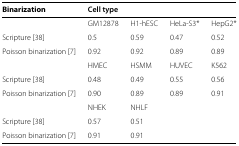
<table><thead><tr><td><b>Binarization</b></td><td colspan="4"><b>Cell type</b></td></tr></thead><tbody><tr><td>[EMPTY_CELL]</td><td>GM12878</td><td>H1-hESC</td><td>HeLa-S3*</td><td>HepG2*</td></tr><tr><td>Scripture [38]</td><td>0.5</td><td>0.59</td><td>0.47</td><td>0.52</td></tr><tr><td>Poisson binarization [7]</td><td>0.92</td><td>0.92</td><td>0.89</td><td>0.89</td></tr><tr><td>[EMPTY_CELL]</td><td>HMEC</td><td>HSMM</td><td>HUVEC</td><td>K562</td></tr><tr><td>Scripture [38]</td><td>0.48</td><td>0.49</td><td>0.55</td><td>0.56</td></tr><tr><td>Poisson binarization [7]</td><td>0.90</td><td>0.89</td><td>0.89</td><td>0.91</td></tr><tr><td>[EMPTY_CELL]</td><td>NHEK</td><td>NHLF</td><td>[EMPTY_CELL]</td><td>[EMPTY_CELL]</td></tr><tr><td>Scripture [38]</td><td>0.57</td><td>0.51</td><td>[EMPTY_CELL]</td><td>[EMPTY_CELL]</td></tr><tr><td>Poisson binarization [7]</td><td>0.91</td><td>0.91</td><td>[EMPTY_CELL]</td><td>[EMPTY_CELL]</td></tr></tbody></table>